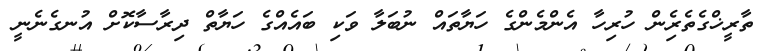
ތާރީޚްގެތެރެިން ހުރިހާ އެންމެންގެ ހަޔާތައް ނުބަލާ ވަކި ބައެއްގެ ހަޔާތް ދިރާސާކޮށް އުނގެނެނީ